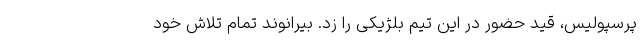
پرسپولیس، قید حضور در این تیم بلژیکی را زد. بیرانوند تمام تلاش خود